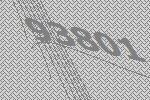
93801